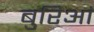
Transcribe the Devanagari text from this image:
बुरिआं